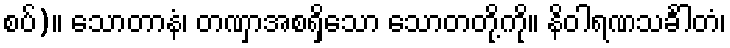
စပ်)။ သောတာနံ၊ တဏှာအစရှိသော သောတတို့ကို။ နိဝါရဏသင်္ခါတံ၊